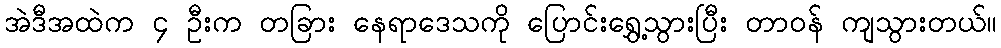
အဲဒီအထဲက ၄ ဦးက တခြား နေရာဒေသကို ပြောင်းရွှေ့သွားပြီး တာဝန် ကျသွားတယ်။